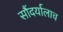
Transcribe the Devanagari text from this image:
सौंदर्यालाच